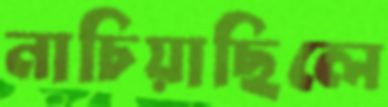
নাচিয়াছিলে